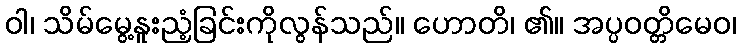
ဝါ၊ သိမ်မွေ့နူးညံ့ခြင်းကိုလွန်သည်။ ဟောတိ၊ ၏။ အပ္ပဝတ္တိမေဝ၊